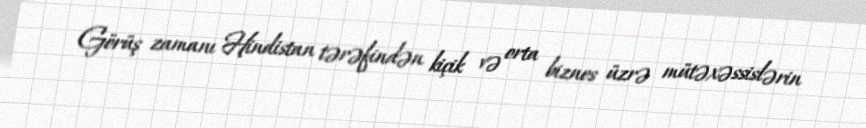
Görüş zamanı Hindistan tərəfindən kiçik və orta biznes üzrə mütəxəssislərin